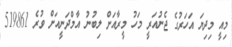
މިއީ މިދިޔަ އަހަރުގެ ޖެނުއަރީ މަހު މީރާއަށް ލިބުނު އާމްދަނީއަށް ވުރެ 519861